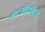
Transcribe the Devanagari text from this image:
वाल्मीकींनी